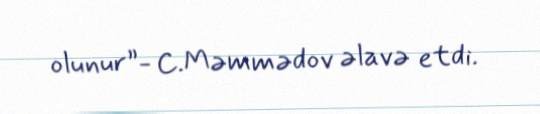
olunur”- C.Məmmədov əlavə etdi.